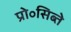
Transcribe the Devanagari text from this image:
प्रो॰सिब्ते